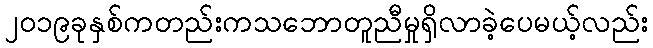
၂၀၁၉ခုနှစ်ကတည်းကသဘောတူညီမှုရှိလာခဲ့ပေမယ့်လည်း